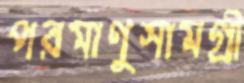
পরমাণুসামগ্রী